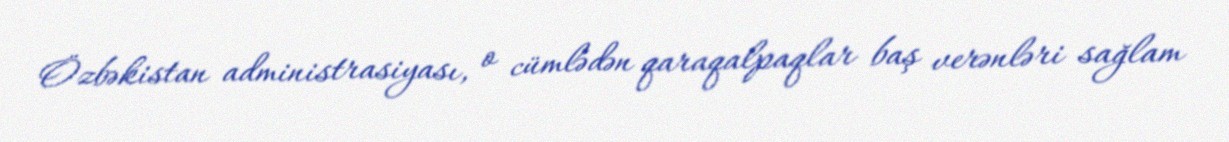
Özbəkistan administrasiyası, o cümlədən qaraqalpaqlar baş verənləri sağlam